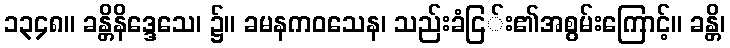
၁၃၄၈။ ခန္တိနိဒ္ဒေသေ၊ ၌။ ခမနကဝသေန၊ သည်းခံငြ်း၏အစွမ်းကြောင့်။ ခန္တိ၊